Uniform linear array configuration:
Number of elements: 16
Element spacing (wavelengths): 0.5
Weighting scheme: hamming
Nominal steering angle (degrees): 45
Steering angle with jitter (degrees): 44.021
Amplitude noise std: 0.05
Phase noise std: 0.05

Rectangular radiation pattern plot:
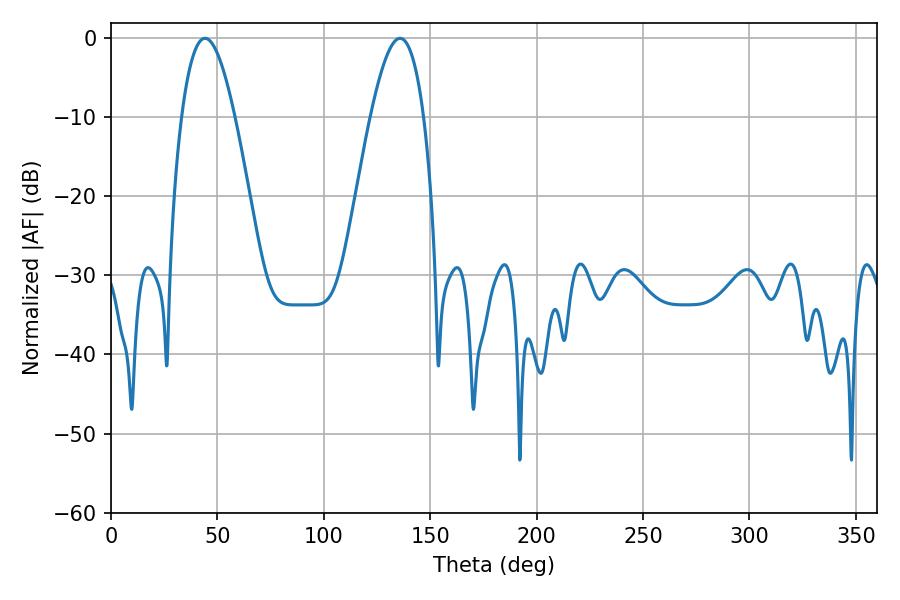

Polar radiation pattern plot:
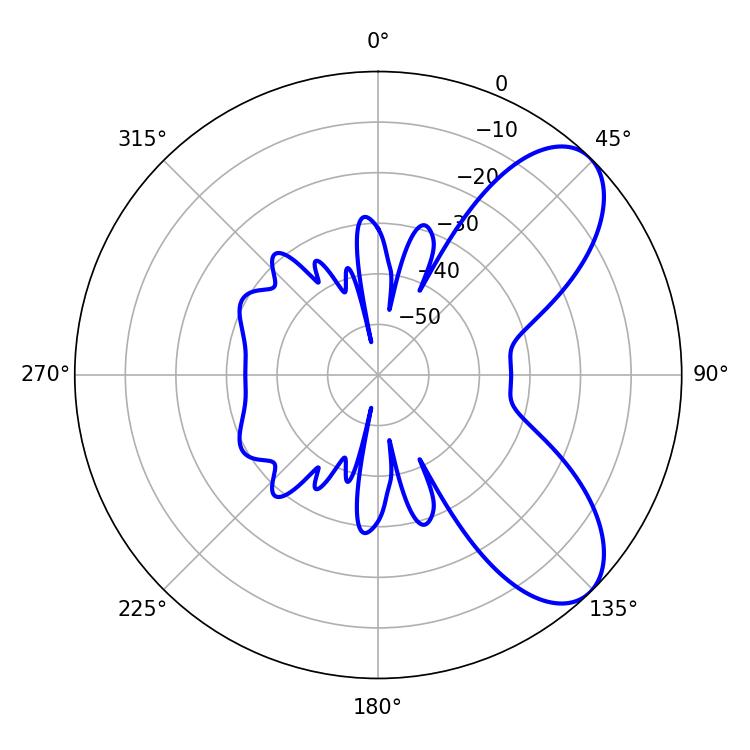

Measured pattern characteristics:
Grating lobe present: FALSE
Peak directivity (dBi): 7.428
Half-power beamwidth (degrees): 13.68
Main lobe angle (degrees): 44.1